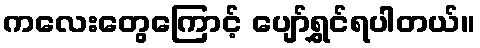
ကလေးတွေကြောင့် ပျော်ရွှင်ရပါတယ်။